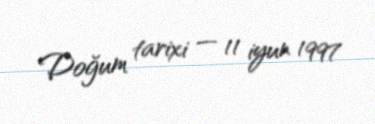
Doğum tarixi — 11 iyun 1997